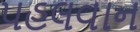
પહલવાન